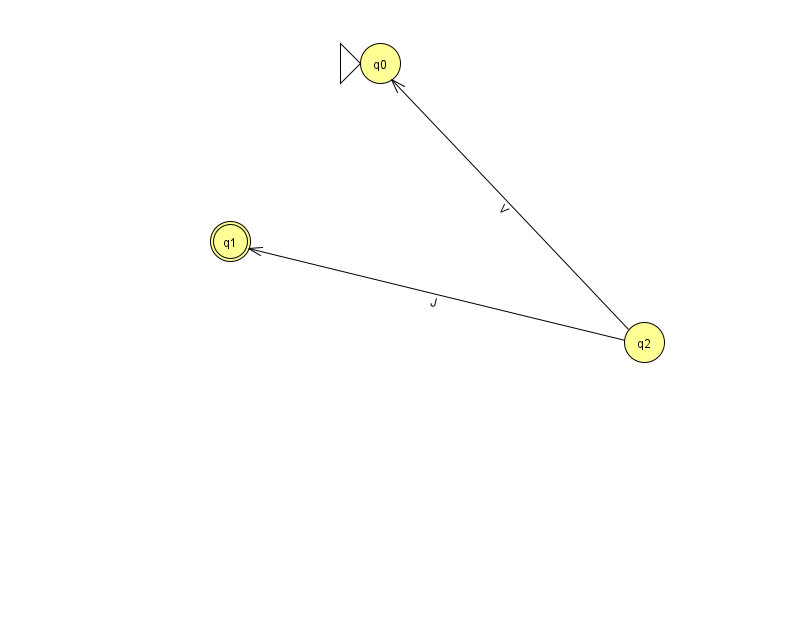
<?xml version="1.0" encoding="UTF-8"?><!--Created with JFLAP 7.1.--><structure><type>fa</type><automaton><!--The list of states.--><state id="0" name="q0"><x>380.0</x><y>50.0</y><initial/></state><state id="1" name="q1"><x>230.0</x><y>228.0</y><final/></state><state id="2" name="q2"><x>644.0</x><y>329.0</y></state><!--The list of transitions.--><transition><from>2</from><to>0</to><read>V</read></transition><transition><from>2</from><to>1</to><read>J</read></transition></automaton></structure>